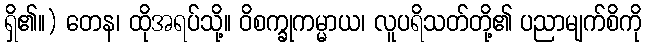
ရှိ၏။) တေန၊ ထိုအရပ်သို့။ ဝိစက္ခုကမ္မာယ၊ လူပရိသတ်တို့၏ ပညာမျက်စိကို